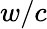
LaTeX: w/c